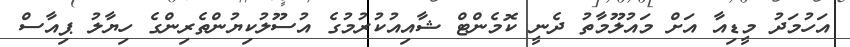
އަހުމަދު މީޑިއާ އަށް މައުލޫމާތު ދެނީ ކޮމެންޓް ޝާއިއުކުރުމުގެ އުސޫލުކިޔުންތެރިންގެ ހިޔާލު ޕިއާސް